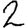
Digit: 2